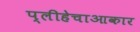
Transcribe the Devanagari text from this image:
प्लीहेचाआकार